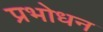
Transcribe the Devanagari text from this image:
प्रभोधन